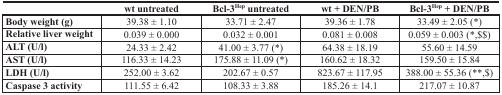
|  | wt untreated | Bcl-3Hep untreated | wt + DEN/PB | Bcl-3Hep + DEN/PB |
 | --- | --- | --- | --- | --- |
 | Body weight (g) | 39.38 ± 1.10 | 33.71 ± 2.47 | 39.36 ± 1.78 | 33.49 ± 2.05 (*) |
 | Relative liver weight | 0.039 ± 0.000 | 0.032 ± 0.001 | 0.081 ± 0.008 | 0.059 ± 0.003 (*,$$) |
 | ALT (U/l) | 24.33 ± 2.42 | 41.00 ± 3.77 (*) | 64.38 ± 18.19 | 55.60 ± 14.59 |
 | AST (U/l) | 116.33 ± 14.23 | 175.88 ± 11.09 (*) | 160.62 ± 18.32 | 159.50 ± 15.84 |
 | LDH (U/l) | 252.00 ± 3.62 | 202.67 ± 0.57 | 823.67 ± 117.95 | 388.00 ± 55.36 (**,$) |
 | Caspase 3 activity | 111.55 ± 6.42 | 108.33 ± 3.88 | 185.26 ± 14.1 | 217.07 ± 10.87 |